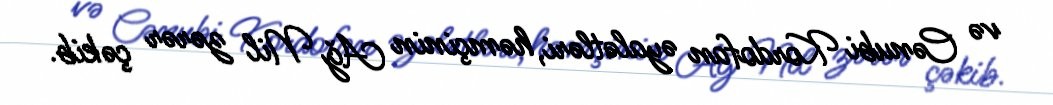
və Cənubi Kordofan əyalətləri, həmçinin Ağ Nil zərər çəkib.